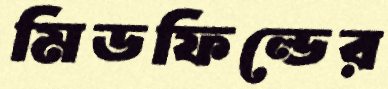
মিডফিল্ডের